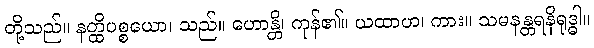
တို့သည်။ နတ္ထိပစ္စယော၊ သည်။ ဟောန္တိ၊ ကုန်၏။ ယထာဟ၊ ကား။ သမနန္တရနိရုဒ္ဓါ။